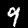
Label: 9